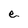
Character: e